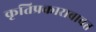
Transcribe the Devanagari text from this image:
कृतिप्रकाराबाबत